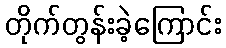
တိုက်တွန်းခဲ့ကြောင်း